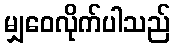
မျှဝေလိုက်ပါသည်